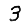
Digit: 3